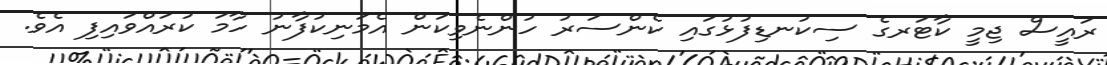
ރައީސް ޖިމީ ކާޓަރގެ ސިކުނޑިފުޅުގައި ކެންސަރު ހުންނެވިކަން އެމަނިކުފާނު ހާމަ ކުރައްވައިފި އެވެ.